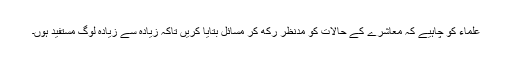
علماء کو چاہیے کہ معاشرے کے حالات کو مدنظر رکھ کر مسائل بتایا کریں تاکہ زیادہ سے زیادہ لوگ مستفید ہوں۔